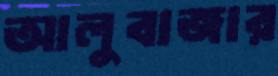
আলুবাজার